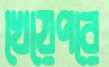
খেয়েপরে